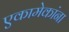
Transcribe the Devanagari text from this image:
एकामेकांना